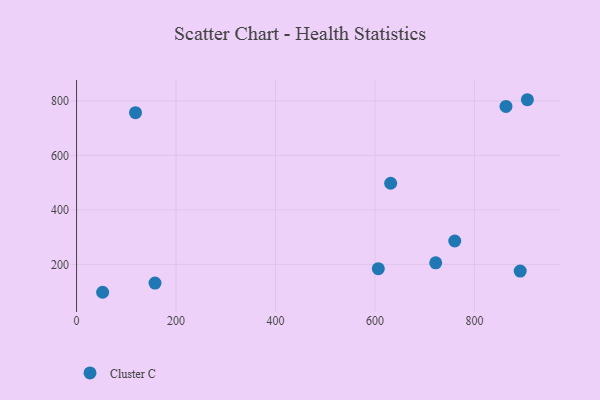
{"axis": {"x": "Investment", "y": "Demand"}, "legend": ["Cluster C"], "data": [{"x": "863.4", "y": 779.9, "type": "Cluster C"}, {"x": "760.4", "y": 285.8, "type": "Cluster C"}, {"x": "606.7", "y": 184.1, "type": "Cluster C"}, {"x": "52.4", "y": 97.6, "type": "Cluster C"}, {"x": "722.1", "y": 205.7, "type": "Cluster C"}, {"x": "631.5", "y": 497.9, "type": "Cluster C"}, {"x": "118.5", "y": 757.0, "type": "Cluster C"}, {"x": "906.4", "y": 804.5, "type": "Cluster C"}, {"x": "892.0", "y": 175.5, "type": "Cluster C"}, {"x": "157.7", "y": 131.2, "type": "Cluster C"}]}